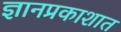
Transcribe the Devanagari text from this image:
ज्ञानप्रकाशात